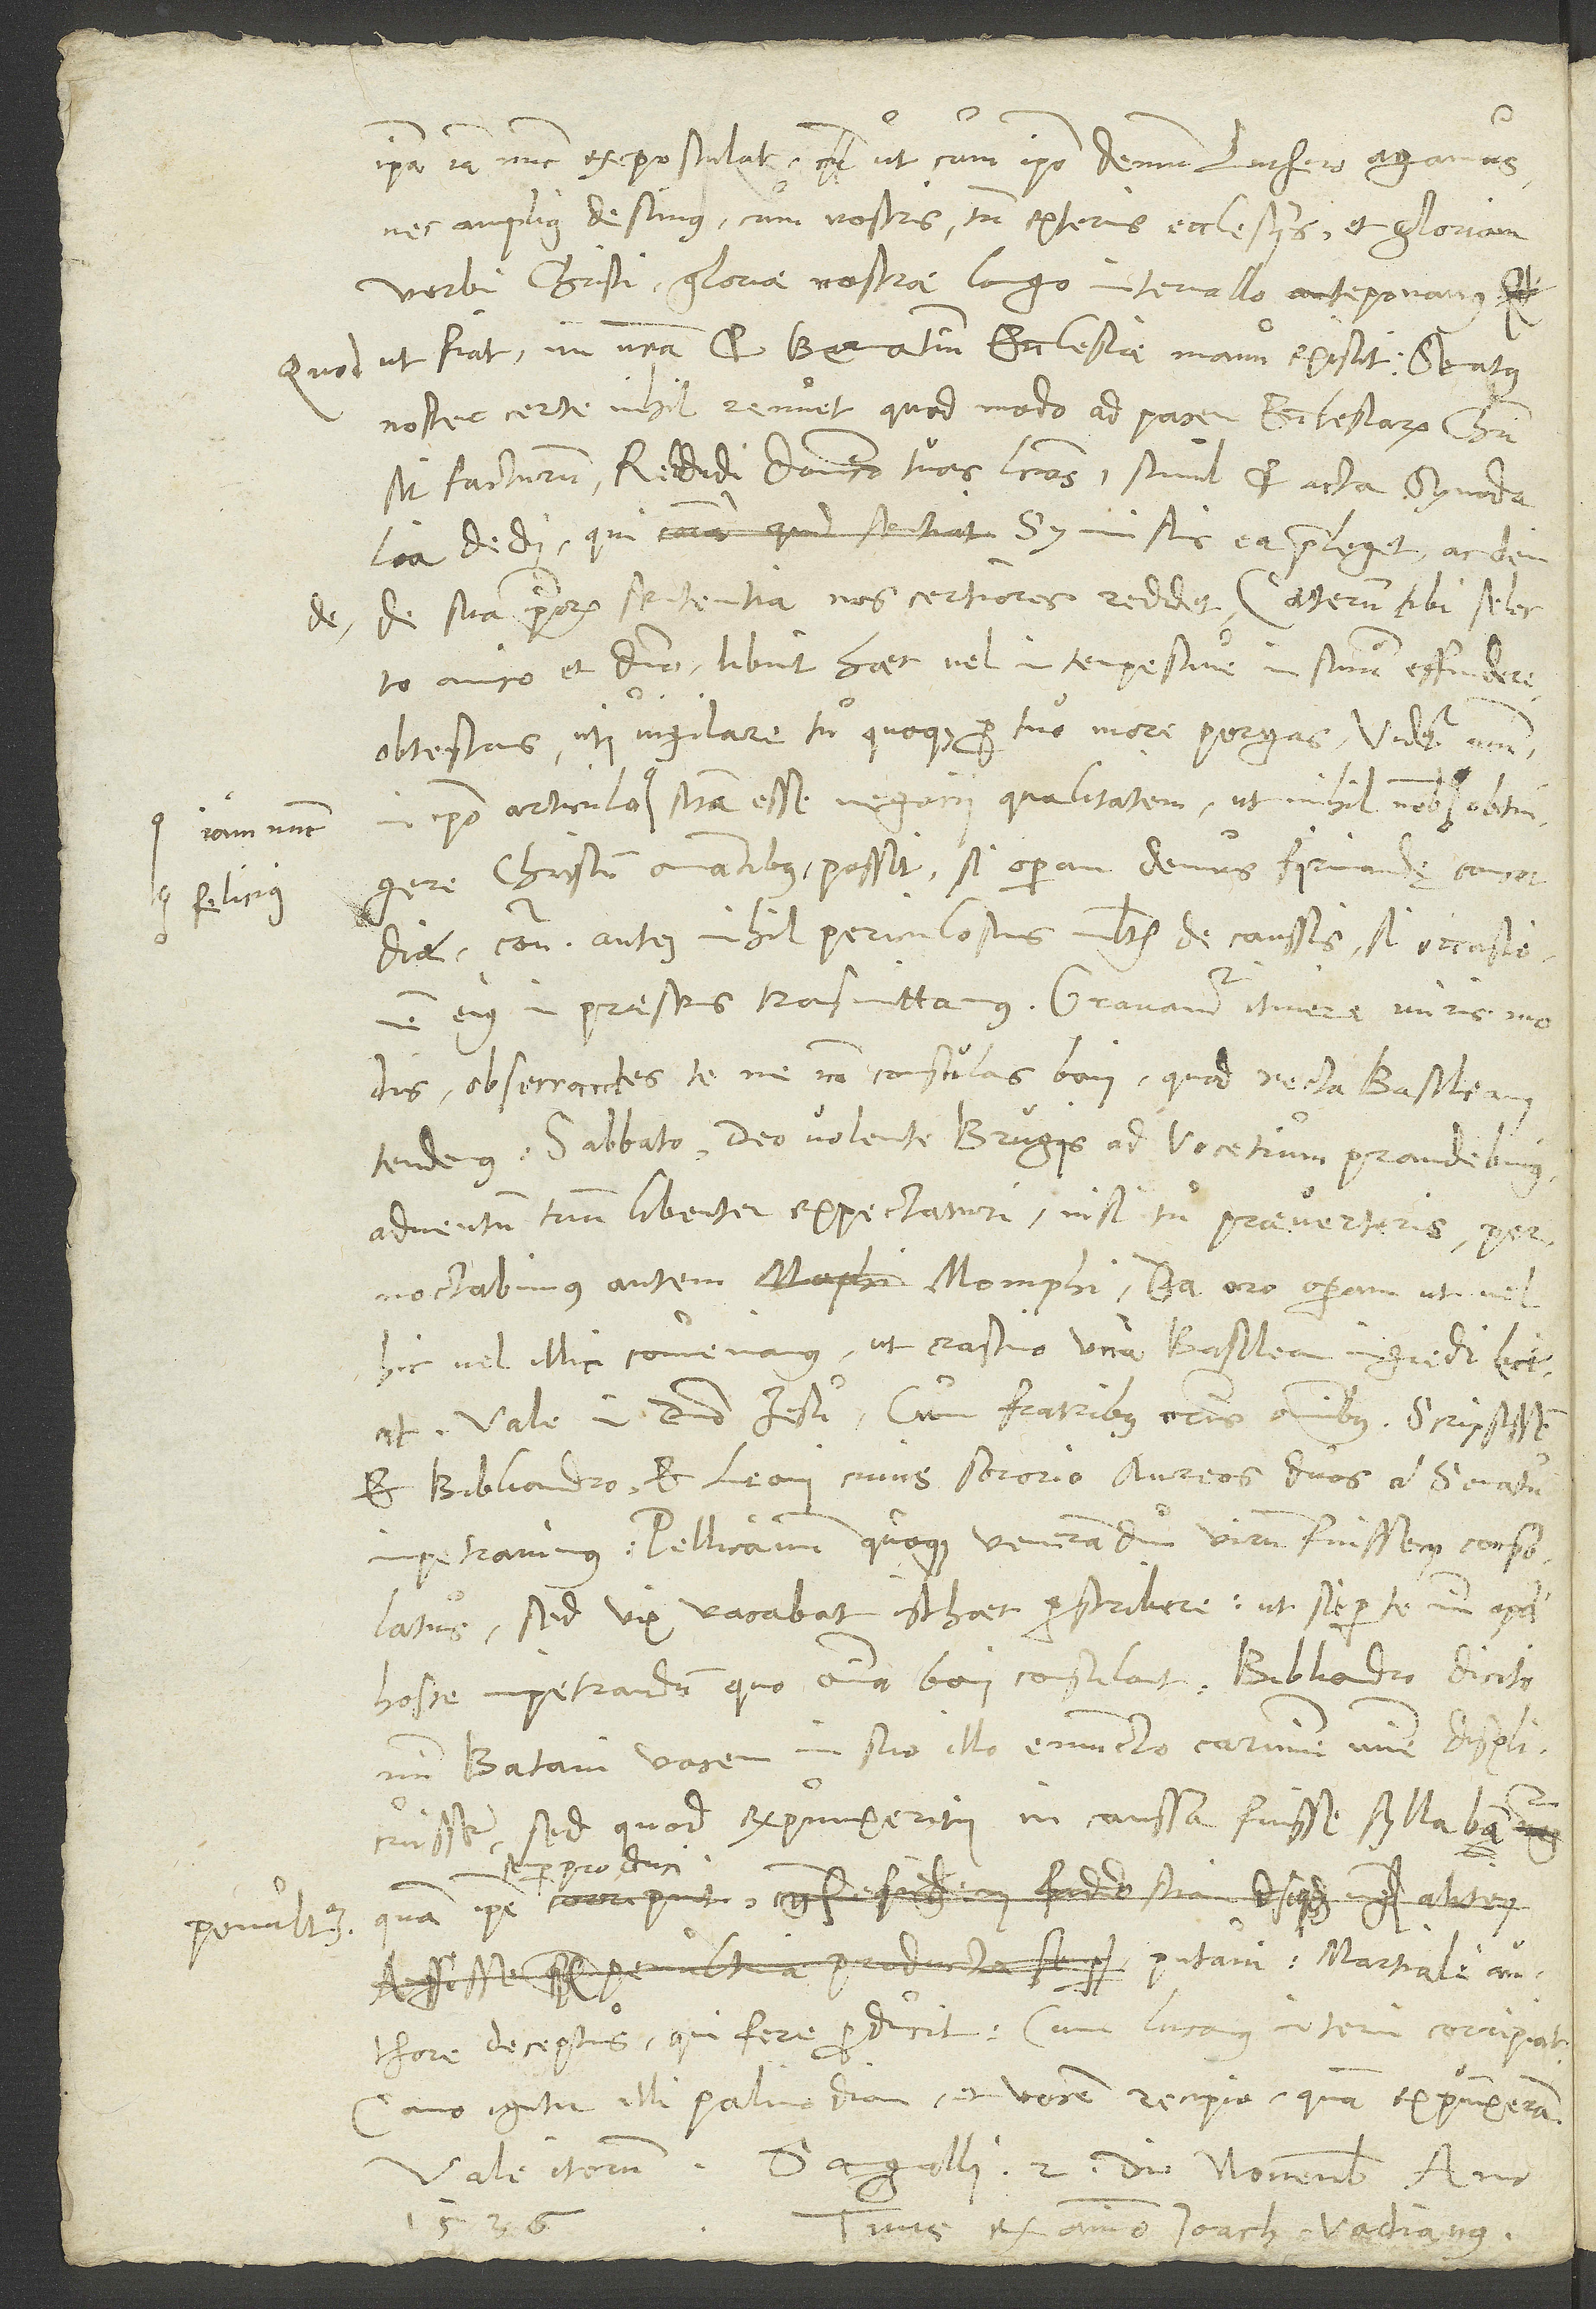
S.
ipsa iam nunc expostulat, ut cum ipso demum Luthero agamus
nec amplius desimus cum nostris tum exteris ecclesiis et gloriam
verbi Christi gloriae nostrae longo intervallo anteponamus.
Quod ut fiat, in vestra et Bernatium ecclesiae manu existit. Senatus
noster certe nihil renuet, quod modo ad pacem ecclesiarum Christi
dedi, qui symmistis ea praeleget ac deinde
de sua ipsorum sententia nos certiores reddet. Caeterum tibi, selecto
amico et domino, libuit haec vel intempestive in sinum effundere
obtestans, uti vigilare tu quoque pro tuo more pergas. Videtur mihi
in ipso articulo iam nunc sitam esse negocii qualitatem, ut nihil nobis felicius
iam nunc
Christum amantibus possit, si operam demus firmandę concordiae,
contra autem nihil periculosius multis de caussis, si occasionem
obsecrantes te, ne non consulas boni, quod recta Basileam
tendemus. Sabbato deo volente Brugis ad Vocetium prandebimus
adventum tuum libenter expectaturi, nisi tu praeverteris.
Pernoctabimus autem Momphi Da, oro, operam, ut vel
hic vel illic conveniamus, ut crastino una Basileam ingredi liceat.
Vale in domino Iesu cum fratribus vestris omnibus. Scripsissem
et Bibliandro et Leoni, cuius sororio aureos duos a senatu
impetravimus. Pellicanum quoque, venerandum virum, fuissem consolatus,
sed vix vacabat isthaec perscribere, ut sit per te mihi apud
mihi "Batavi" vocem in suo illo emuncto carmine minime displicuisse,
sed quod expunxerim, in caussa fuisse syllabam
putavi Martiale authore
deceptus, qui fere producit, cum Lucanus interim corripiat.
Cano igitur illi palinodiam et vocem recipio, quam expunxeram.
Tuus ex animo Ioach. Vadianus.